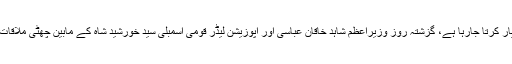
الیکشن نزدیک آتے ہی نگران وزیر اعظم کی تعیناتی کا معاملہ اہمیت اختیار کرتا جارہا ہے، گزشتہ روز وزیراعظم شاہد خاقان عباسی اور اپوزیشن لیڈر قومی اسمبلی سید خورشید شاہ کے مابین چھٹی ملاقات ہوئی لیکن نگران وزیراعظم کے لیے کسی ایک نام پر اتفاق نہیں ہو سکا۔